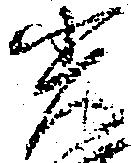
光